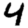
Digit: 4